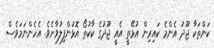
ކަންތަކާ ޖޫދު އެންމެ ކައިރިން އުޅޭތީ އެއީ ޖޫދުގެ ކާކުތޯ އޮޅުންފިލުވާށެވެ. އެހެންނަމަވެސް